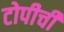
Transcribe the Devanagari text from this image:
टोपीची